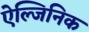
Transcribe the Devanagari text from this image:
ऐल्जिनिक